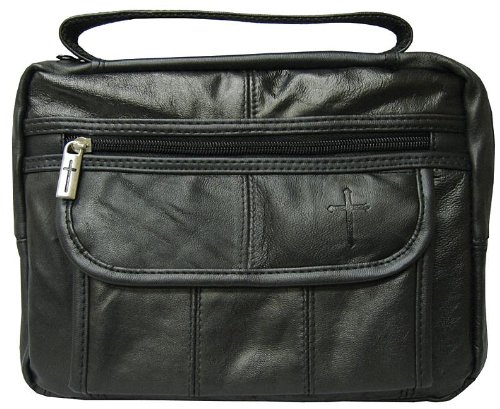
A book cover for Cross Medium Lambskin Bible Cover; Christian Books & Bibles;